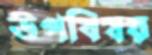
উপবিষয়